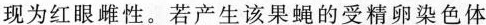
现为红眼雌性。若产生该果蝇的受精卵染色体